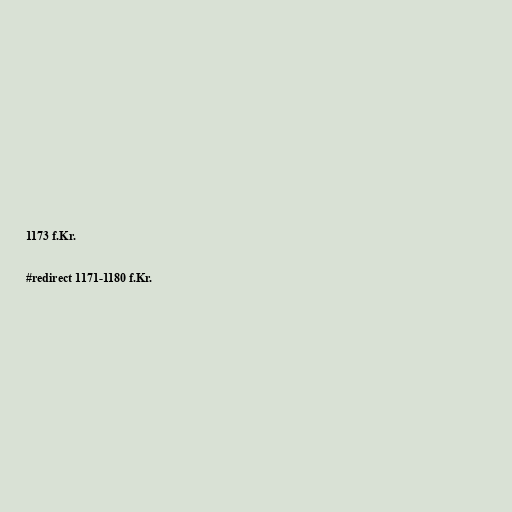
1173 f.Kr.

#redirect 1171-1180 f.Kr.